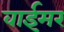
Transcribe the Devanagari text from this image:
वाईमर